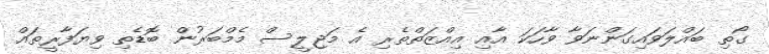
ގޯތި ބައްލަވައިގަންނަވާ ވާހަކަ އާއި އިއްޒަތްތެރި އެ މަޖިލީސް މެމްބަރުން ބޮޑެތި ވިޔަފާރީތައް